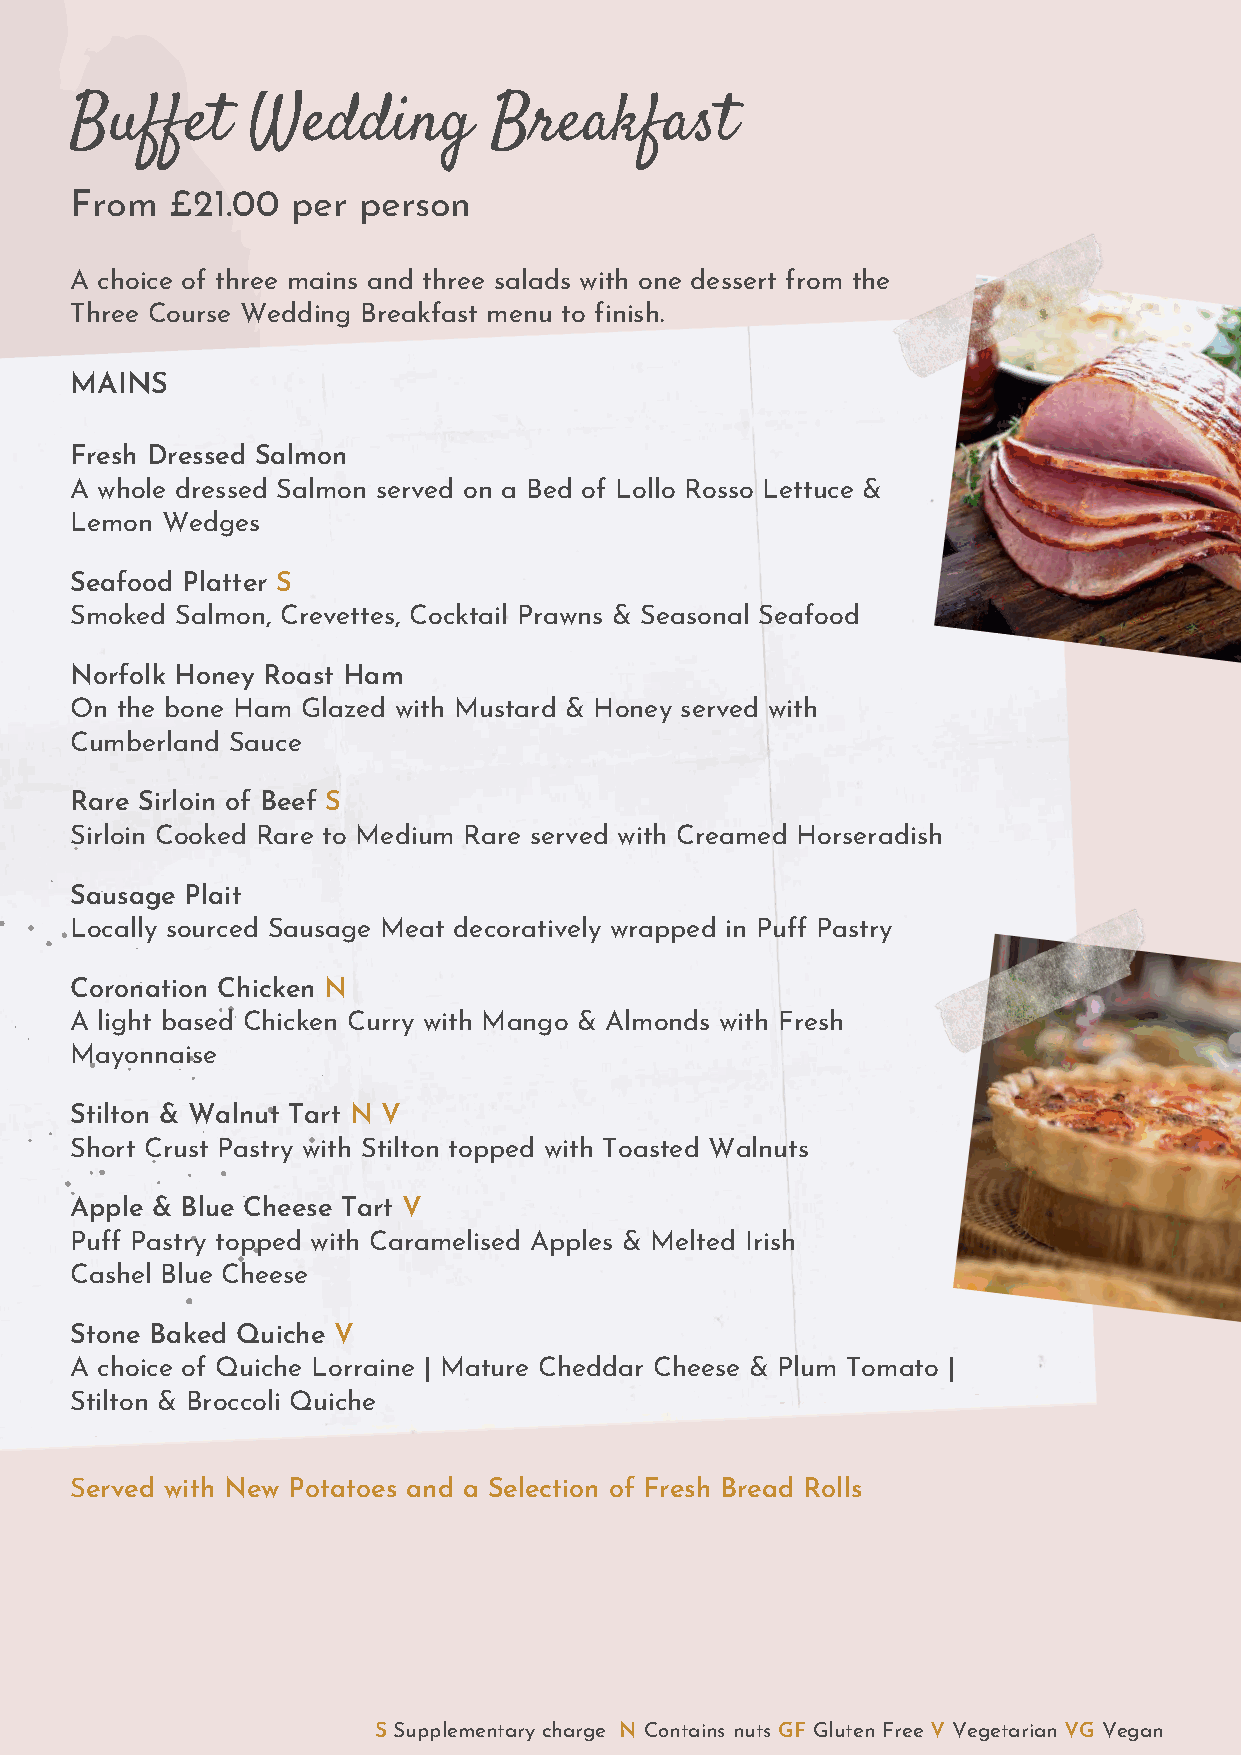
Buffet     Wedding          Breakfast
 From  £21.00  per  person
 A choice of three mains and three salads with one dessert from the
 Three Course Wedding Breakfast menu to finish.
 MAINS
 Fresh Dressed Salmon
 A whole dressed Salmon served on a Bed of Lollo Rosso Lettuce &
 Lemon Wedges
 Seafood Platter S
 Smoked Salmon, Crevettes, Cocktail Prawns & Seasonal Seafood
 Norfolk Honey Roast Ham
 On the bone Ham Glazed with Mustard & Honey served with
 Cumberland Sauce
 Rare Sirloin of Beef S
 Sirloin Cooked Rare to Medium Rare served with Creamed Horseradish
 Sausage Plait
 Locally sourced Sausage Meat decoratively wrapped in Puff Pastry
 Coronation Chicken N
 A light based Chicken Curry with Mango & Almonds with Fresh
 Mayonnaise
 Stilton & Walnut Tart N V
 Short Crust Pastry with Stilton topped with Toasted Walnuts
 Apple & Blue Cheese Tart V
 Puff Pastry topped with Caramelised Apples & Melted Irish
 Cashel Blue Cheese
 Stone Baked Quiche V
 A choice of Quiche Lorraine | Mature Cheddar Cheese & Plum Tomato |
 Stilton & Broccoli Quiche
 Served with New Potatoes and a Selection of Fresh Bread Rolls
 S Supplementary charge N Contains nuts GF Gluten Free V Vegetarian VG Vegan